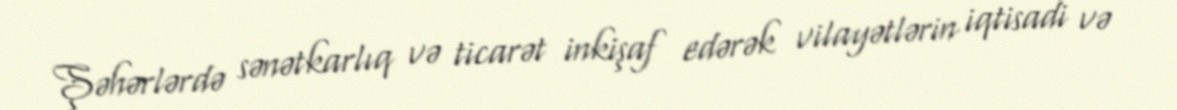
Şəhərlərdə sənətkarlıq və ticarət inkişaf edərək vilayətlərin iqtisadi və